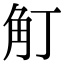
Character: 𧢴